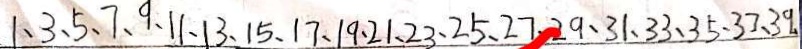
1 、 3 、 5 、 7 、 9 、 1 1 、 1 3 、 1 5 、 1 7 、 1 9 、 2 1 、 2 3 、 2 5 、 2 7 、 2 9 、 3 1 、 3 3 、 3 5 、 3 7 、 3 9